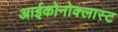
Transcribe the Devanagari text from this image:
आईकोनोक्लास्ट